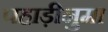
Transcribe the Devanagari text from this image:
पहाड़ीनुमा